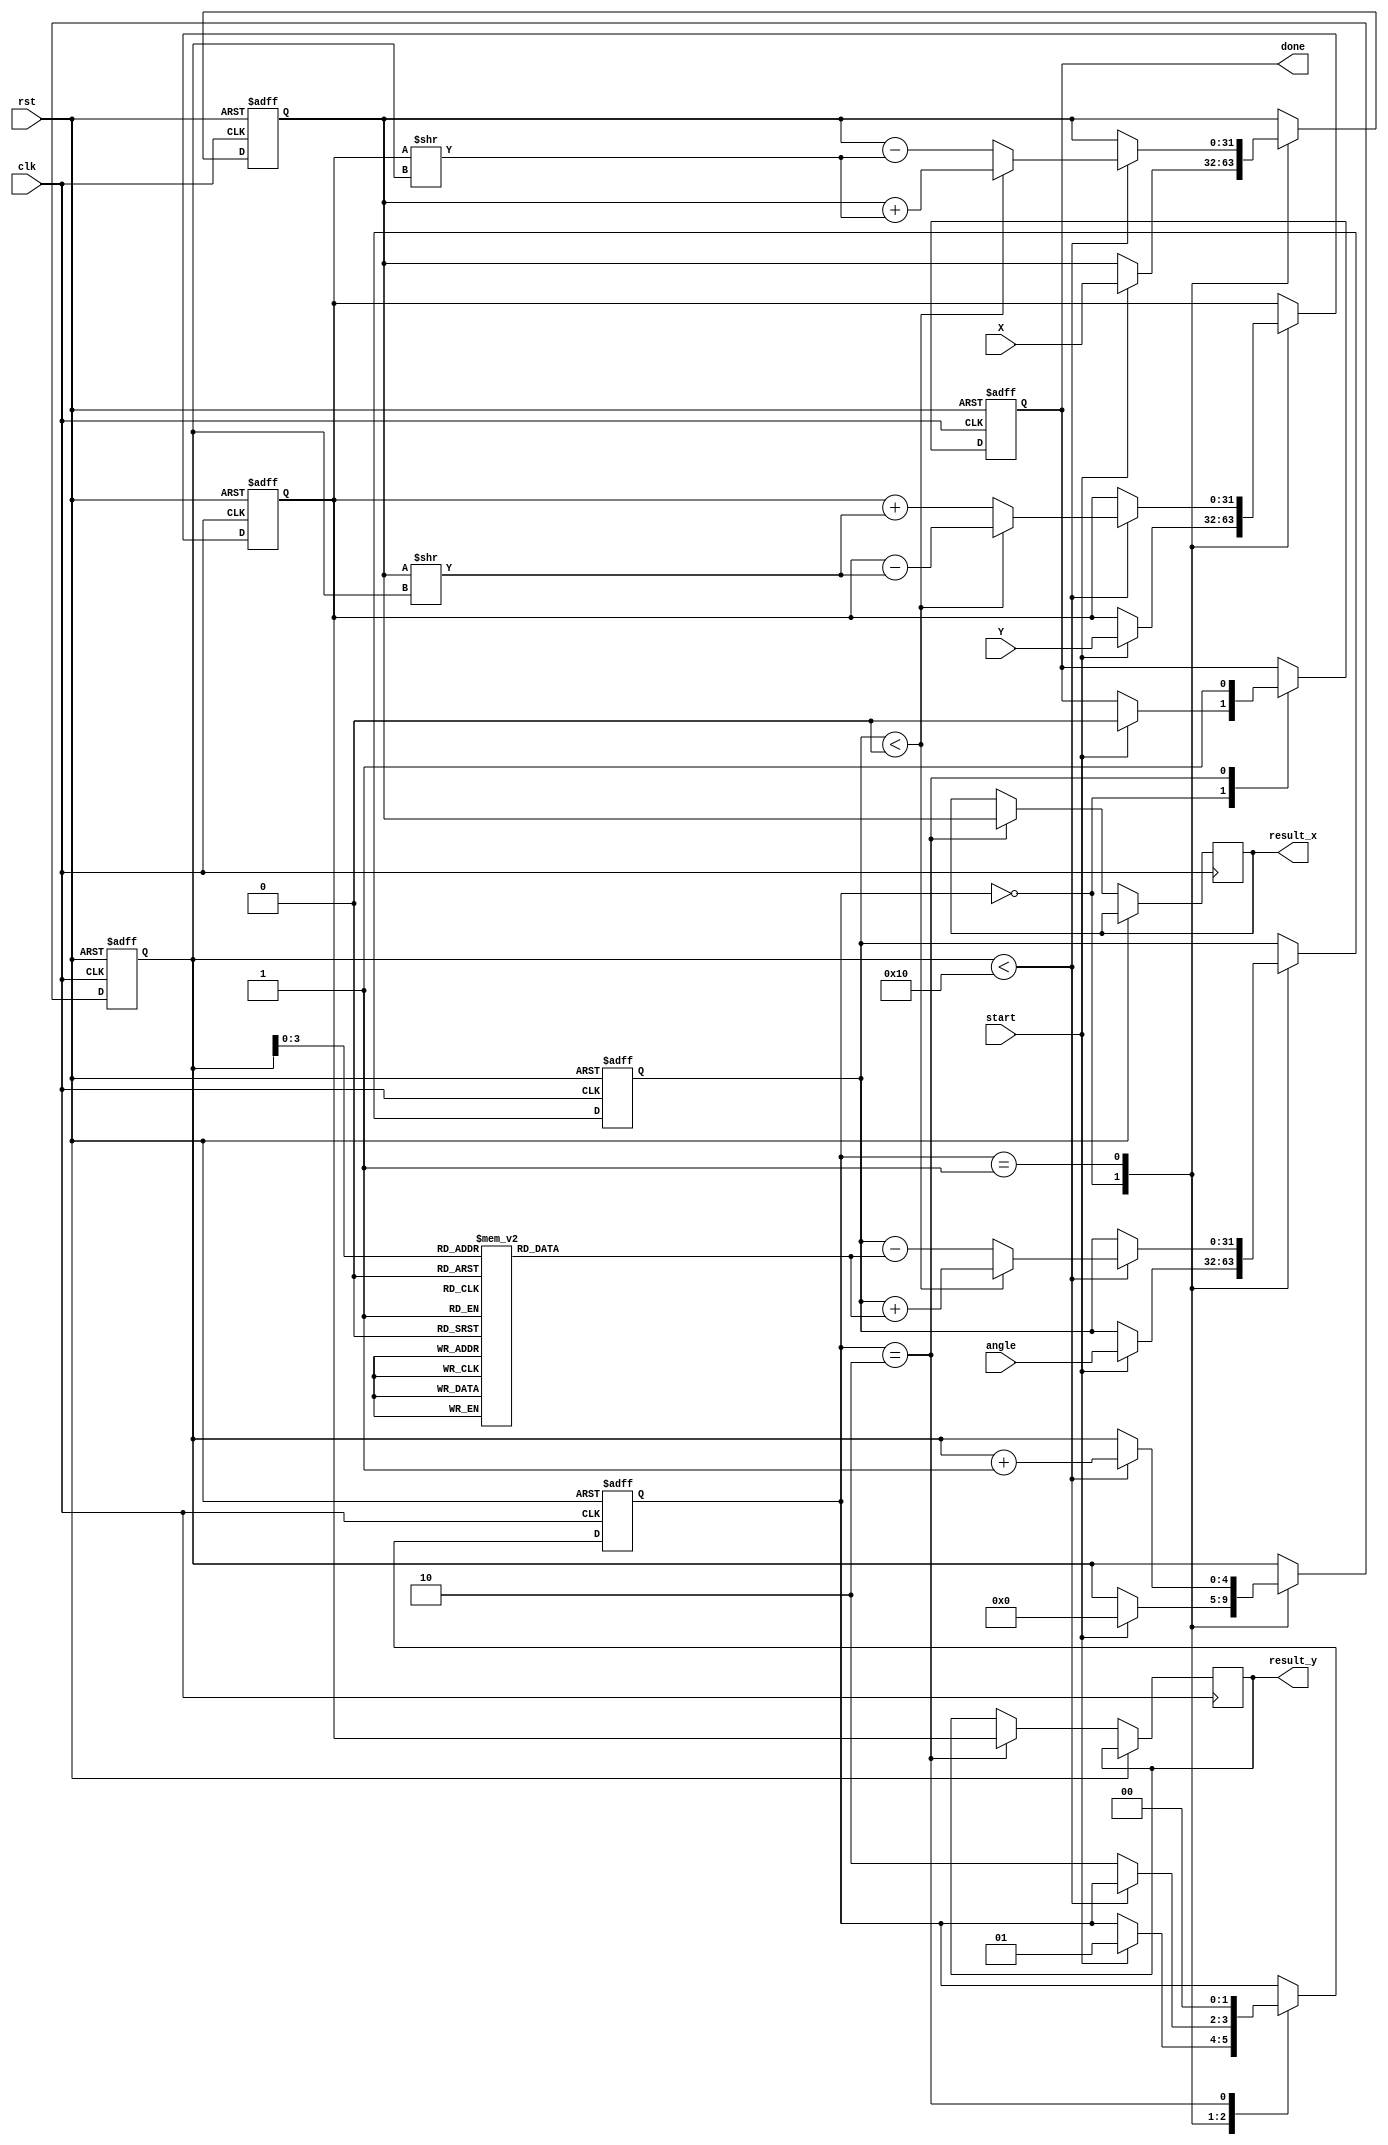
module cordic_floating_point (
    input wire clk,
    input wire rst,
    input wire [31:0] X,           // Input X in IEEE 754 format
    input wire [31:0] Y,           // Input Y in IEEE 754 format
    input wire [31:0] angle,       // Input angle in radians (IEEE 754)
    input wire start,              // Start signal for operation
    output reg [31:0] result_x,    // Output X (cosine or vector X)
    output reg [31:0] result_y,    // Output Y (sine or vector Y)
    output reg done                // Done signal
);

    // Constants
    parameter NUM_ITERATIONS = 16; // Number of CORDIC iterations
    reg [31:0] atan_table [0:NUM_ITERATIONS-1]; // Lookup table for arctangents
    reg [31:0] x_reg, y_reg, z_reg; // Registers for X, Y, and angle
    reg [4:0] iteration;            // Iteration counter
    reg [1:0] state;                // State machine for control logic

    // State machine states
    localparam IDLE = 2'b00,
               RUN  = 2'b01,
               DONE = 2'b10;

    // Initialization of arctangent values
    initial begin
        // Populate atan_table with precomputed arctangent values
        // For example, atan(2^-0), atan(2^-1), ..., atan(2^-15)
        atan_table[0] = 32'h3F490FDB; // atan(1) = /4 in IEEE 754
        // Continue filling the table...
    end

    // CORDIC algorithm
    always @(posedge clk or posedge rst) begin
        if (rst) begin
            x_reg <= 32'b0;
            y_reg <= 32'b0;
            z_reg <= 32'b0;
            iteration <= 5'b0;
            state <= IDLE;
            done <= 1'b0;
        end else begin
            case (state)
                IDLE: begin
                    if (start) begin
                        x_reg <= X;            // Initialize X
                        y_reg <= Y;            // Initialize Y
                        z_reg <= angle;        // Initialize angle
                        iteration <= 5'b0;     // Reset iteration counter
                        state <= RUN;          // Move to RUN state
                        done <= 1'b0;
                    end
                end
                RUN: begin
                    if (iteration < NUM_ITERATIONS) begin
                        // Perform CORDIC rotation
                        if (z_reg < 0) begin
                            // Rotate clockwise
                            x_reg <= x_reg + (y_reg >> iteration);
                            y_reg <= y_reg - (x_reg >> iteration);
                            z_reg <= z_reg + atan_table[iteration];
                        end else begin
                            // Rotate counterclockwise
                            x_reg <= x_reg - (y_reg >> iteration);
                            y_reg <= y_reg + (x_reg >> iteration);
                            z_reg <= z_reg - atan_table[iteration];
                        end
                        iteration <= iteration + 1; // Increment iteration
                    end else begin
                        state <= DONE; // Move to DONE state after iterations
                    end
                end
                DONE: begin
                    result_x <= x_reg; // Output result X
                    result_y <= y_reg; // Output result Y
                    done <= 1'b1;      // Signal completion
                    state <= IDLE;     // Reset to IDLE state
                end
            endcase
        end
    end

endmodule